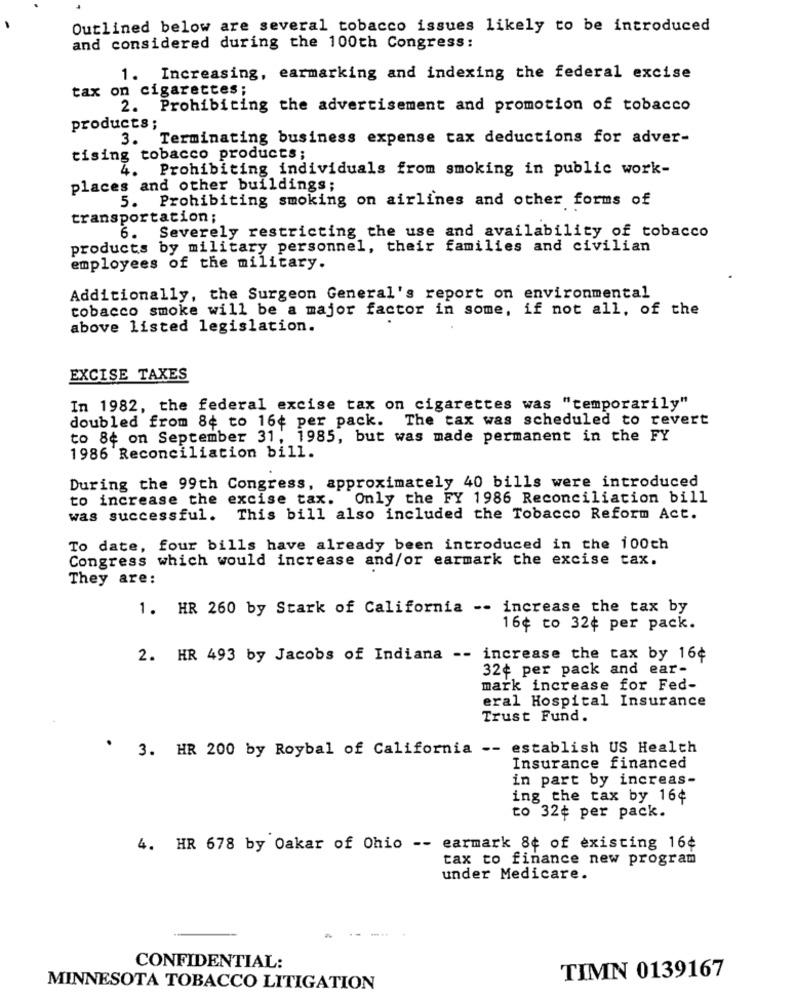
Outlined below are several tobacco issues likely to be introduced
and considered during the 100th Congress:
1. Increasing, earmarking and indexing the federal excise
tax on cigarettes;
2. Prohibiting the advertisement and promotion of tobacco
products;
3. Terminating business expense tax deductions for adver-
tising tobacco products;
4. Prohibiting individuals from smoking in public work-
places and other buildings;
5. Prohibiting smoking on airlines and other forms of
transportation;
6. Severely restricting the use and availability of tobacco
products by military personnel, their families and civilian
employees of the military.
Additionally, the Surgeon General's report on environmental
tobacco smoke will be a major factor in some, if not all, of the
above listed legislation.
EXCISE TAXES
In 1982, the federal excise tax on cigarettes was "temporarily"
doubled from 8¢ to 16¢ per pack. The tax was scheduled to revert
to 84 on September 31, 1985, but was made permanent in the FY
1986 Reconciliation bill.
During the 99th Congress, approximately 40 bills were introduced
to increase the excise tax. Only the FY 1986 Reconciliation bill
was successful. This bill also included the Tobacco Reform Act.
To date, four bills have already been introduced in the 100ch
Congress which would increase and/or earmark the excise tax.
They are:
1. HR 260 by Stark of California -- increase the tax by
16¢ to 32¢ per pack.
2. HR 493 by Jacobs of Indiana -- increase the tax by 16¢
32¢ per pack and ear-
mark increase for Fed-
eral Hospital Insurance
Trust Fund.
3. HR 200 by Roybal of California -- establish US Health
Insurance financed
in part by increas-
ing the tax by 16¢
to 32¢ per pack.
4. HR 678 by Oakar of Ohio -- earmark 8¢ of existing 16¢
tax to finance new program
under Medicare.
....
CONFIDENTIAL:
TIMN 0139167
MINNESOTA TOBACCO LITIGATION